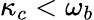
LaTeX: \kappa_{c}<\omega_{b}